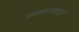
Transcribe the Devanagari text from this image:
उपसागरातून